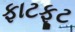
ફાટફૂટ